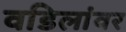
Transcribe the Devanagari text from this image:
वडिलांवर